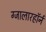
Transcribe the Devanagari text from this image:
ग्जालारहॉर्न